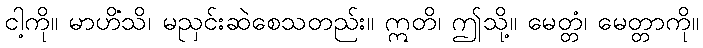
ငါ့ကို။ မာဟိံသိ၊ မညှင်းဆဲစေသတည်း။ ဣတိ၊ ဤသို့။ မေတ္တံ၊ မေတ္တာကို။